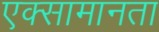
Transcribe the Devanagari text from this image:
एक्सामानता